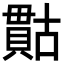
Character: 𮚙